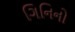
ગિનિનો